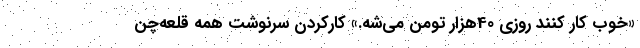
«خوب کار کنند روزی 40هزار تومن می‌شه.» کارکردن سرنوشت همه قلعه‌چن